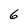
Character: 6